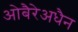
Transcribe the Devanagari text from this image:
ओबैरेअधैन